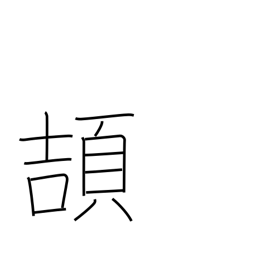
Meaning: take wing